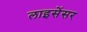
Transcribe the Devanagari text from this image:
लाइसेंसर